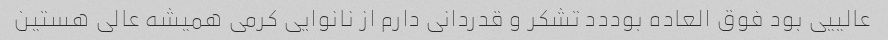
عالییی بود فوق العاده بوددد تشکر و قدردانی دارم از نانوایی کرمی همیشه عالی هستین